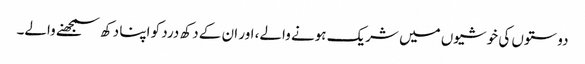
دوستوں کی خوشیوں میں شریک ہونے والے، اور ان کے دکھ درد کو اپنا دکھ سمجھنے والے۔